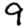
Digit: 9